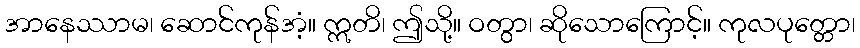
အာနေဿာမ၊ ဆောင်ကုန်အံ့။ ဣတိ၊ ဤသို့။ ဝတွာ၊ ဆိုသောကြောင့်။ ကုလပုတ္တော၊